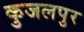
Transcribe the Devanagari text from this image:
कुजलपुर